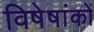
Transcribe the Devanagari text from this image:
विषेषांकों